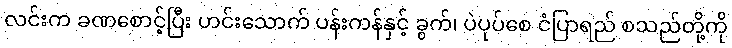
လင်းက ခဏစောင့်ပြီး ဟင်းသောက် ပန်းကန်နှင့် ခွက်၊ ပဲပုပ်စေ ငံပြာရည် စသည်တို့ကို